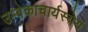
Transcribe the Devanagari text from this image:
उम्बेकाचार्यस्येयं